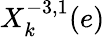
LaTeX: X_{k}^{-3,1}(e)